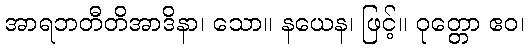
အာရဘတီတိအာဒိနာ၊ သော။ နယေန၊ ဖြင့်။ ဝုတ္တော ဧဝ၊